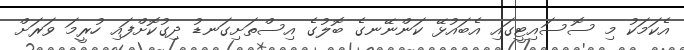
އެކަމަކު މި ސޮސައިޓީގައި އެބައުޅޭ ކަންނޭނގެ ބޮލުގެ އިސްތަށިގަނޑު ދިގުކޮށްފައި ހުރީމަ ވަރަށް